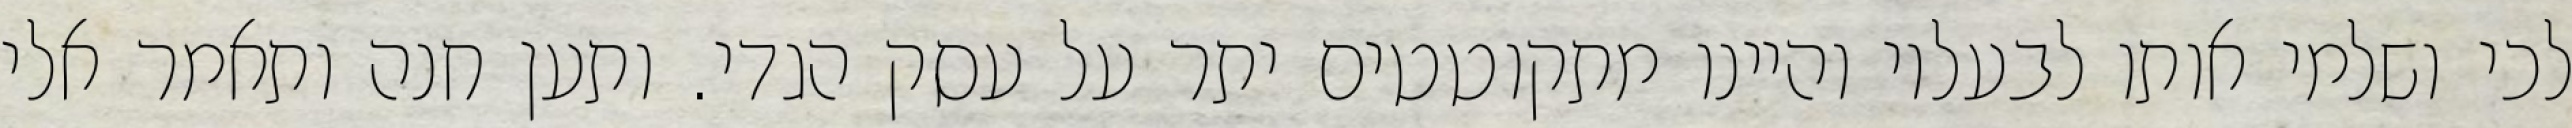
לכי ושלמי אותו לבעליו והיינו מתקוטטים יתר על עסק הגדי. ותען חנה ותאמר אלי